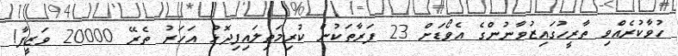
ހުވާކުރެއްވި ތާރީހުގައިޒުވާނުންގެ އެވޯޑަށް 23 ފަރާތަކުން ކުރިމަތިލައިފިދޮޅު އަހަރު ތެރޭ 20000 ވަޒީފާ!